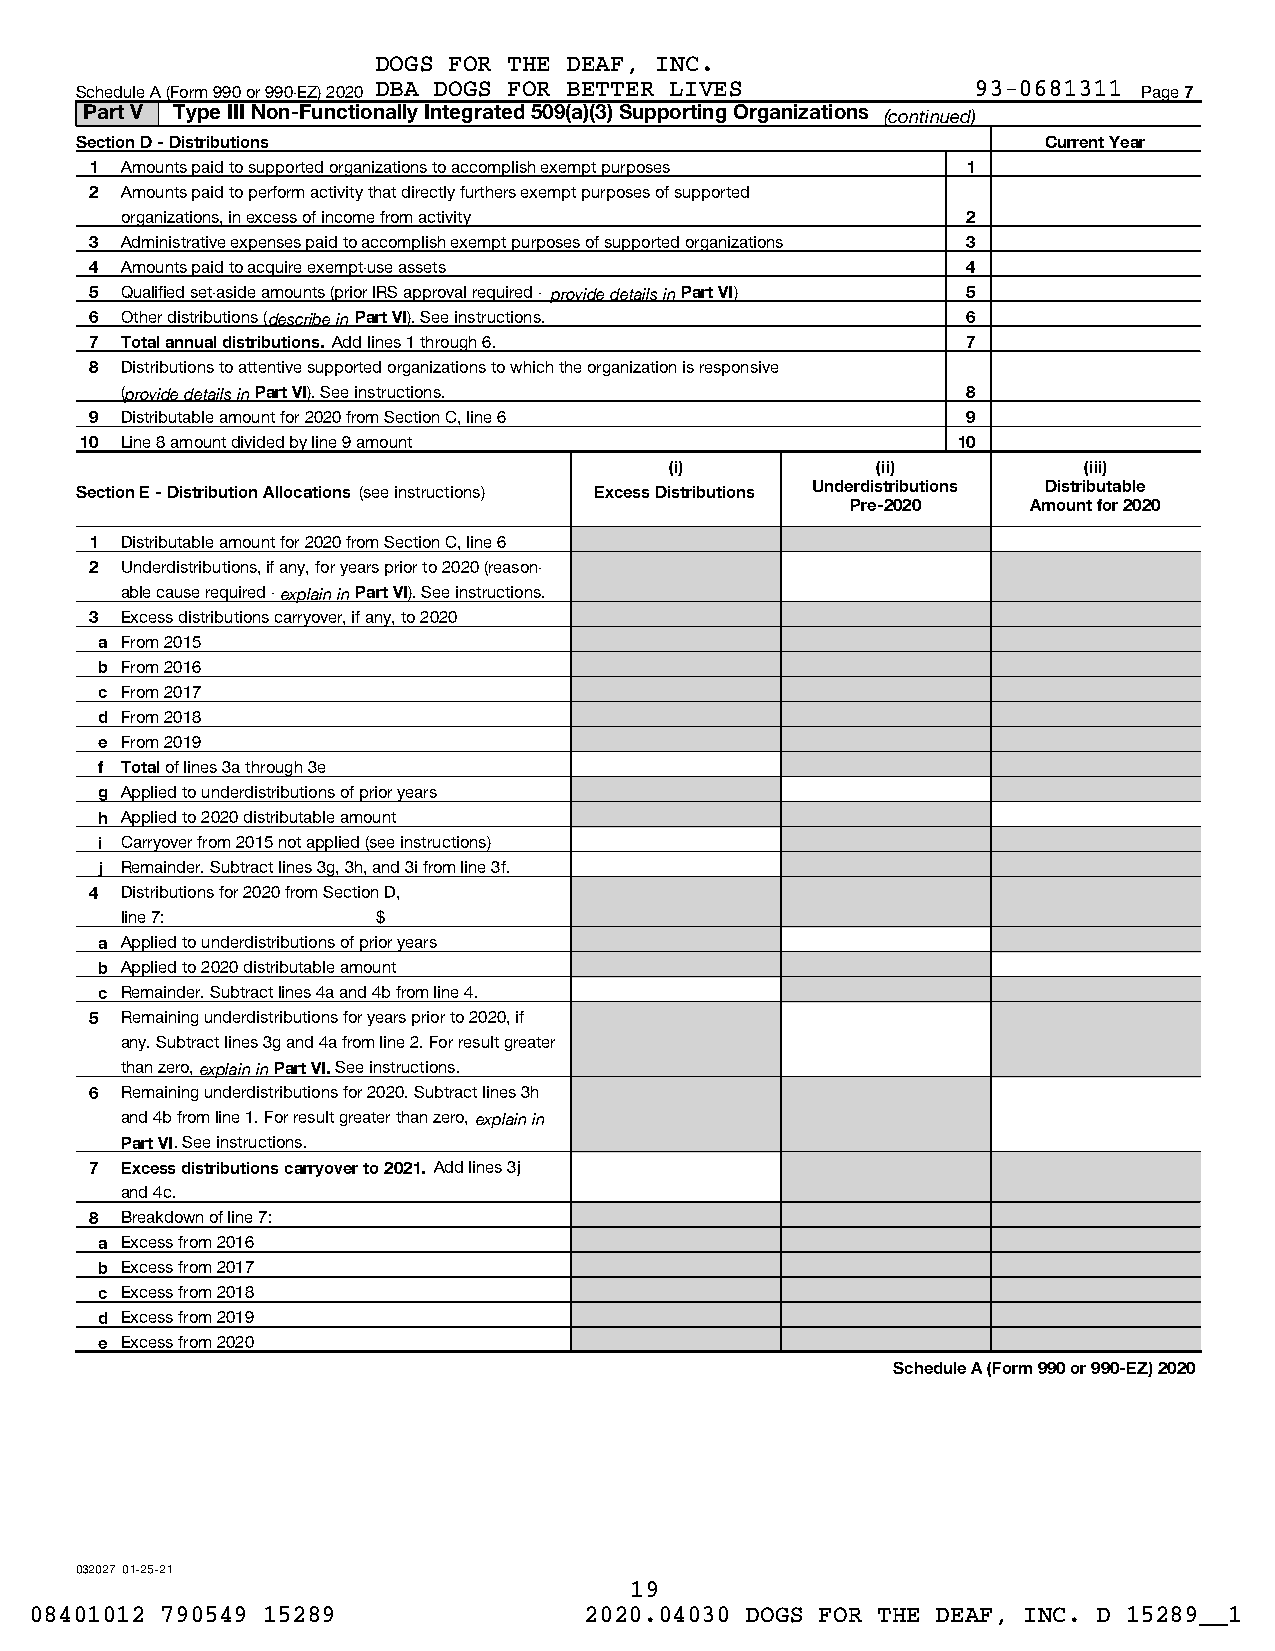
DOGS FOR THE DEAF, INC.
 Schedule A (Form 990 or 990-EZ) 2020 DBA DOGS FOR BETTER LIVES 93-0681311 Page 7
 Part V Type III Non-Functionally Integrated 509(a)(3) Supporting Organizations (continued)
 Section D - Distributions                                       Current Year
 1 Amounts paid to supported organizations to accomplish exempt purposes 1
 2 Amounts paid to perform activity that directly furthers exempt purposes of supported
 organizations, in excess of income from activity        2
 3 Administrative expenses paid to accomplish exempt purposes of supported organizations 3
 4 Amounts paid to acquire exempt-use assets               4
 5 Qualified set-aside amounts (prior IRS approval required - provide details in Part VI) 5
 6 Other distributions (describe in Part VI). See instructions. 6
 7 Total annual distributions. Add lines 1 through 6.      7
 8 Distributions to attentive supported organizations to which the organization is responsive
 (provide details in Part VI). See instructions.         8
 9 Distributable amount for 2020 from Section C, line 6    9
 10 Line 8 amount divided by line 9 amount                 10
 (i)           (ii)          (iii)
 Section E - Distribution Allocations (see instructions) Excess Distributions Underdistributions Distributable
 Pre-2020    Amount for 2020
 1 Distributable amount for 2020 from Section C, line 6
 2 Underdistributions, if any, for years prior to 2020 (reason-
 able cause required - explain in Part VI). See instructions.
 3 Excess distributions carryover, if any, to 2020
 a From 2015
 b From 2016
 c From 2017
 d From 2018
 e From 2019
 f Total of lines 3a through 3e
 g Applied to underdistributions of prior years
 h Applied to 2020 distributable amount
 i Carryover from 2015 not applied (see instructions)
 j Remainder. Subtract lines 3g, 3h, and 3i from line 3f.
 4 Distributions for 2020 from Section D,
 line 7:          $
 a Applied to underdistributions of prior years
 b Applied to 2020 distributable amount
 c Remainder. Subtract lines 4a and 4b from line 4.
 5 Remaining underdistributions for years prior to 2020, if
 any. Subtract lines 3g and 4a from line 2. For result greater
 than zero, explain in Part VI. See instructions.
 6 Remaining underdistributions for 2020. Subtract lines 3h
 and 4b from line 1. For result greater than zero, explain in
 Part VI. See instructions.
 7 Excess distributions carryover to 2021. Add lines 3j
 and 4c.
 8 Breakdown of line 7:
 a Excess from 2016
 b Excess from 2017
 c Excess from 2018
 d Excess from 2019
 e Excess from 2020
 Schedule A (Form 990 or 990-EZ) 2020
 032027 01-25-21
 19
 08401012 790549 15289                2020.04030 DOGS FOR THE DEAF, INC. D 15289__1